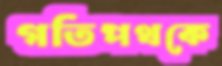
গতিপথকে